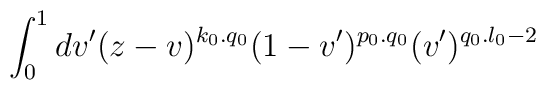
\int _{0} ^{1} dv'(z-v)^{k_{0}.q_{0}}(1-v')^{p_{0}.q_{0}}(v')^{q_{0}.l_{0}-2}